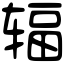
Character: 辐